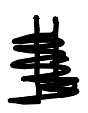
Text: It
Cross-out: scratch
Writing tool: digital_black